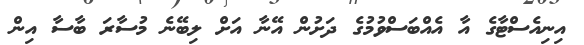
އިނިއެސްޓާގެ އާ އެއްބަސްވުމުގެ ދަށުން އޭނާ އަށް ލިބޭނެ މުސާރަ ބާސާ އިން